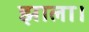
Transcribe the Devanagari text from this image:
झाला।